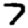
Digit: 7